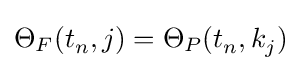
\Theta _{F}(t_{n}^{},j)=\Theta _{P}(t_{n}^{},k_{j}^{})